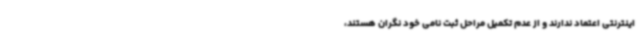
اینترنتی اعتماد ندارند و از عدم تکمیل مراحل ثبت نامی خود نگران هستند،